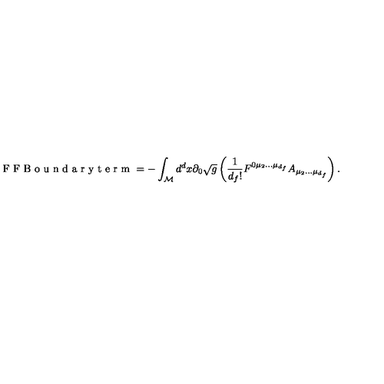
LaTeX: \textnormal { F F B o u n d a r y t e r m } = - \int _ { \cal M } d ^ { d } x \partial _ { 0 } \sqrt g \left( \frac { 1 } { d _ { f } ! } F ^ { 0 \mu _ { 2 } . . . \mu _ { d _ { f } } } A _ { \mu _ { 2 } . . . \mu _ { d _ { f } } } \right) .